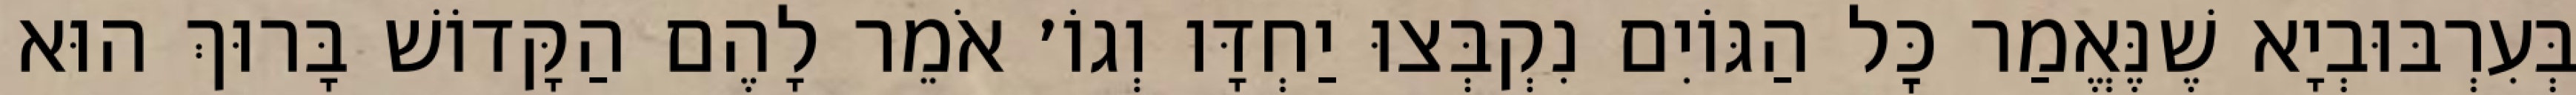
בְּעִרְבּוּבְיָא שֶׁנֶּאֱמַר כׇּל הַגּוֹיִם נִקְבְּצוּ יַחְדָּו וְגוֹ׳ אֹמֵר לָהֶם הַקָּדוֹשׁ בָּרוּךְ הוּא